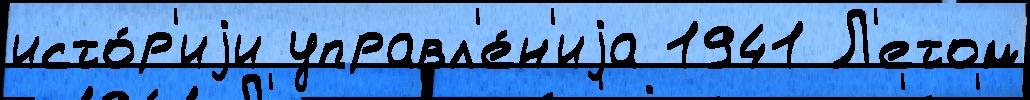
исто́р'иjи управл'е́н'иjа 1941 Л'етом